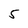
Character: 5